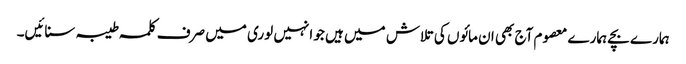
ہمارے بچے ہمارے معصوم آج بھی ان مائوں کی تلاش میں ہیں جو انہیں لوری میں صرف کلمہ طیبہ سنائیں۔